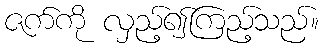
ဇက်ကို လှည့်၍ကြည့်သည်။